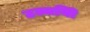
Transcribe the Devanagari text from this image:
उज्जयिी